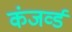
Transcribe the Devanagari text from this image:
कंजर्व्ड